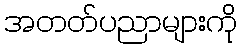
အတတ်ပညာများကို